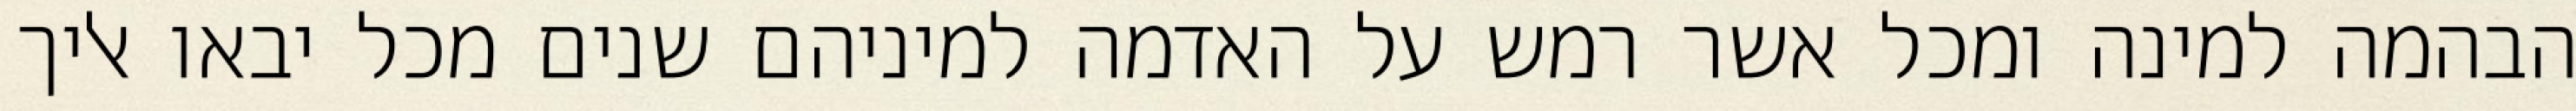
הבהמה למינה ומכל אשר רמש על האדמה למיניהם שנים מכל יבאו אליך